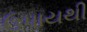
ઉપાયથી